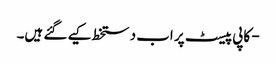
- کاپی پیسٹ پر اب دستخط کیے گئے ہیں۔